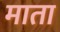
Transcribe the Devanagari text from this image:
माता